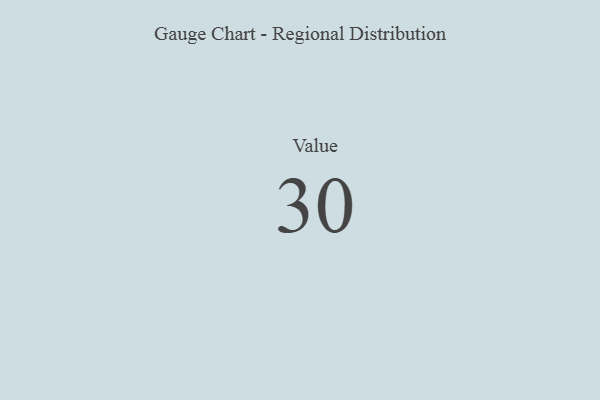
{"axis": {"x": "Metric", "y": "Value"}, "legend": [""], "data": [{"x": "Value", "y": 30, "type": ""}]}